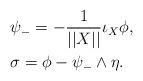
LaTeX: \begin{align*}&\psi_-=-\frac{1}{||X||}\iota_X\phi,\\&\sigma=\phi-\psi_-\wedge\eta.\end{align*}